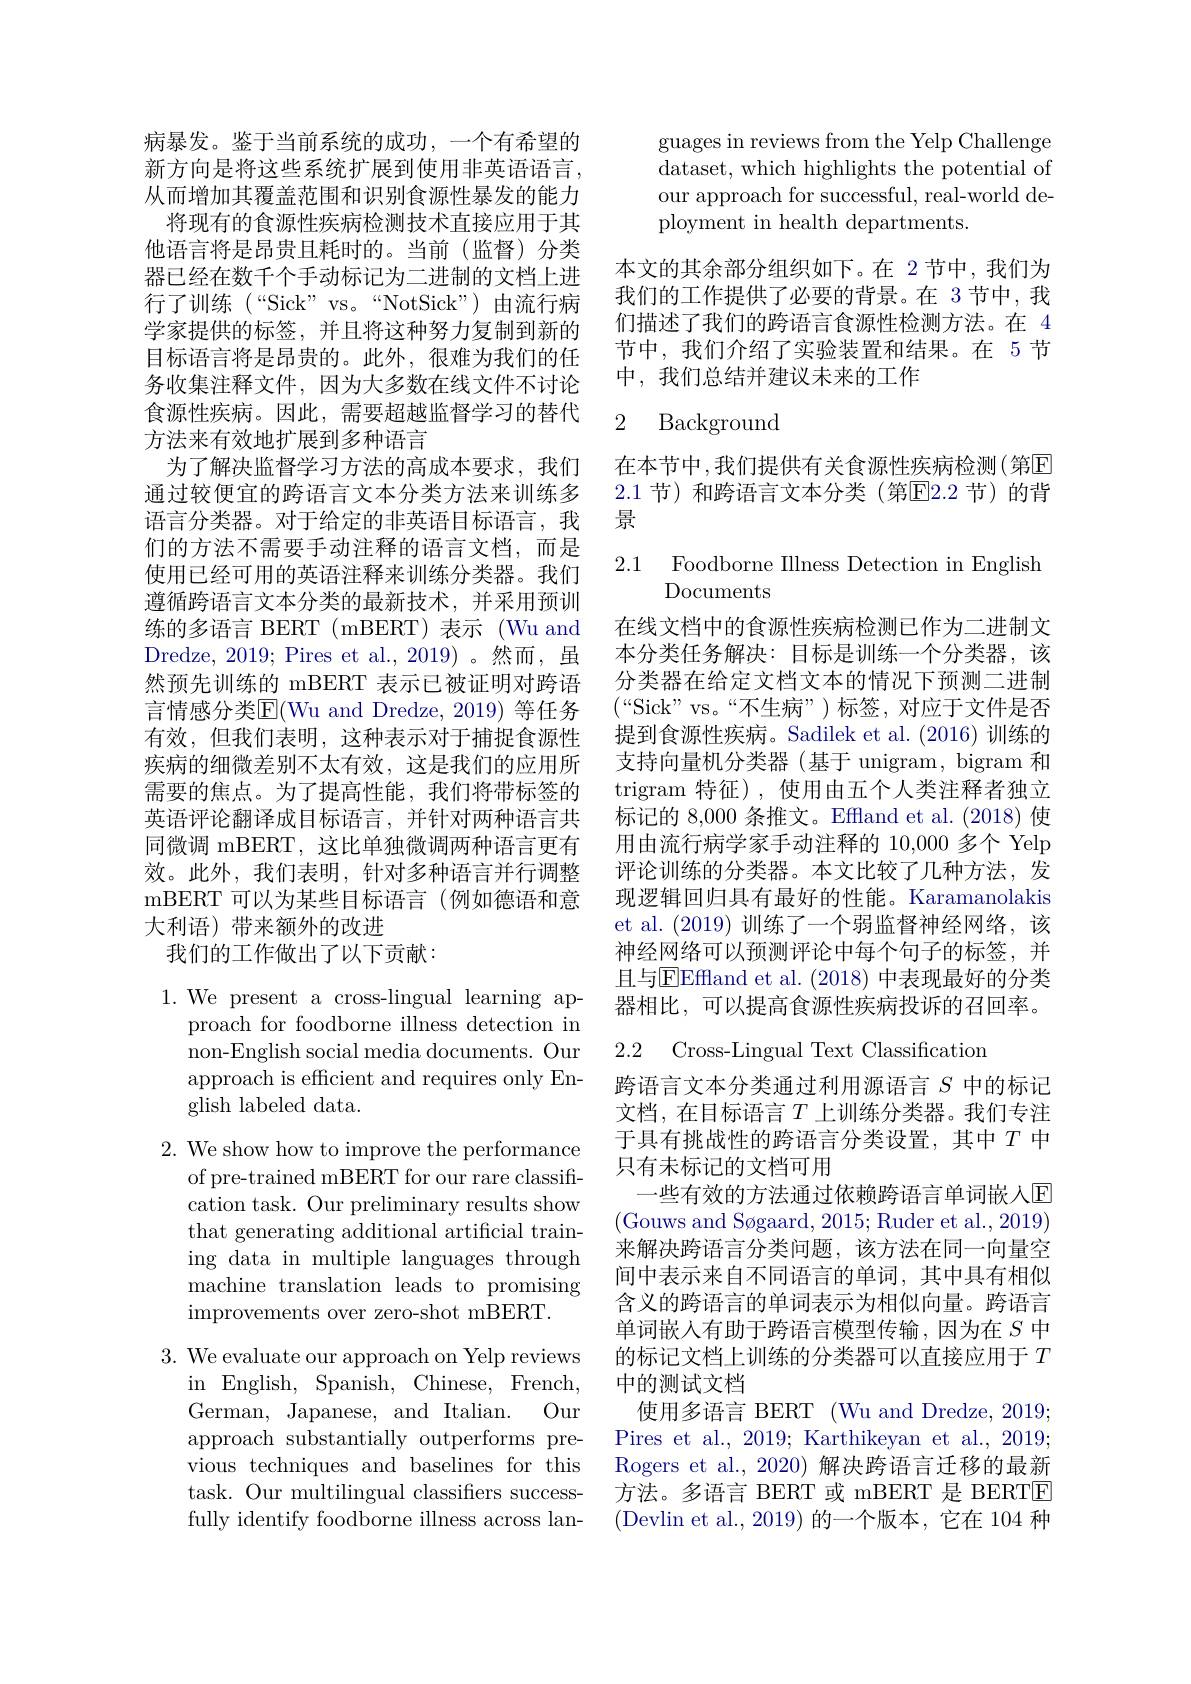
病暴发。鉴于当前系统的成功，一个有希望的新方向是将这些系统扩展到使用非英语语言， 从而增加其覆盖范围和识别食源性暴发的能力将现有的食源性疾病检测技术直接应用于其他语言将是昂贵且耗时的。当前(监督)分类器已经在数千个手动标记为二进制的文档上进${\text{行了训练(“Sick”vs。“NotSick”)由流行病}}$ 学家提供的标签，并且将这种努力复制到新的目标语言将是昂贵的。此外，很难为我们的任务收集注释文件，因为大多数在线文件不讨论食源性疾病。因此，需要超越监督学习的替代方法来有效地扩展到多种语言
为了解决监督学习方法的高成本要求，我们通过较便宜的跨语言文本分类方法来训练多语言分类器。对于给定的非英语目标语言，我们的方法不需要手动注释的语言文档，而是使用已经可用的英语注释来训练分类器。我们遵循跨语言文本分类的最新技术，并采用预训练的多语言 BERT (mBERT)表示 (Wu and Dredze, 2019; Pires et al., 2019) 。然而，虽然预先训练的 mBERT 表示已被证明对跨语言情感分类$\operatorname{E}($Wu and Dredze, 2019) 等任务有效，但我们表明，这种表示对于捕捉食源性疾病的细微差别不太有效，这是我们的应用所需要的焦点。为了提高性能，我们将带标签的英语评论翻译成目标语言，并针对两种语言共同微调 mBERT,这比单独微调两种语言更有效。此外，我们表明，针对多种语言并行调整mBERT 可以为某些目标语言(例如德语和意大利语)带来额外的改进
我们的工作做出了以下贡献：

1. We present a cross-lingual learning ap-
proach for foodborne illness detection in non-English social media documents. Our approach is efficient and requires only English labeled data.

2. We show how to improve the performance
of pre-trained mBERT for our rare classification task. Our preliminary results show that generating additional artificial training data in multiple languages through machine translation leads to promising improvements over zero-shot mBERT.

3. We evaluate our approach on Yelp reviews
in English, Spanish, Chinese, French, German, Japanese, and Italian. Our approach substantially outperforms previous techniques and baselines for this task. Our multilingual classifiers successfully identify foodborne illness across lan-

guages in reviews from the Yelp Challenge dataset, which highlights the potential of our approach for successful, real-world deployment in health departments.

本文的其余部分组织如下。在 2节中，我们为我们的工作提供了必要的背景。在 3 节中，我们描述了我们的跨语言食源性检测方法。在 4节中，我们介绍了实验装置和结果。在 5节中，我们总结并建议未来的工作

### 2 Background

在本节中，我们提供有关食源性疾病检测(第☑ 2.1 节)和跨语言文本分类(第$\overline{\mathrm{E}}2.2$ 节)的背景

2.1 Foodborne Illness Detection in English
Documents

在线文档中的食源性疾病检测已作为二进制文本分类任务解决：目标是训练一个分类器，该分类器在给定文档文本的情况下预测二进制$(“$Sick"vs。“不生病”)标签，对应于文件是否提到食源性疾病。Sadilek et al. (2016)训练的支持向量机分类器(基于 unigram, bigram 和trigram 特征),使用由五个人类注释者独立标记的 8,000 条推文。Effland et al.(2018) 使用由流行病学家手动注释的 10,000 多个 Yelp 评论训练的分类器。本文比较了几种方法，发现逻辑回归具有最好的性能。Karamanolakis et al. (2019)训练了一个弱监督神经网络，该神经网络可以预测评论中每个句子的标签，并且与$\overline{\mathrm{EEffland~et~al.~}}(2018)$ 中表现最好的分类器相比，可以提高食源性疾病投诉的召回率。

2.2 Cross-Lingual Text Classification

跨语言文本分类通过利用源语言$S$中的标记文档，在目标语言$T$上训练分类器。我们专注于具有挑战性的跨语言分类设置，其中$T$ 中只有未标记的文档可用
一些有效的方法通过依赖跨语言单词嵌人$\overline{\mathrm{E}}$ (Gouws and Søgaard, 2015; Ruder et al., 2019) 来解决跨语言分类问题，该方法在同一向量空间中表示来自不同语言的单词，其中具有相似含义的跨语言的单词表示为相似向量。跨语言单词嵌入有助于跨语言模型传输，因为在$S$中的标记文档上训练的分类器可以直接应用于$T$ 中的测试文档
使用多语言 BERT (Wu and Dredze, 2019; Pires et al., 2019; Karthikeyan et al., 2019; Rogers et al.,2020)解决跨语言迁移的最新方法。多语言 BERT 或 mBERT 是 BERTE (Devlin et al.,2019)的一个版本，它在 104 种